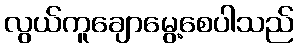
လွယ်ကူချောမွေ့စေပါသည်